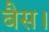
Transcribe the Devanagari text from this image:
बैस।